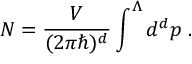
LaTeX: N = \frac { V } { ( 2 \pi \hbar ) ^ { d } } \int ^ { \Lambda } d ^ { d } p \; .